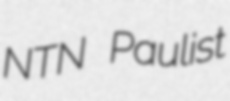
NTN Paulist